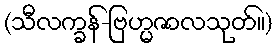
(သီလက္ခန်-ဗြဟ္မဇာလသုတ်။)